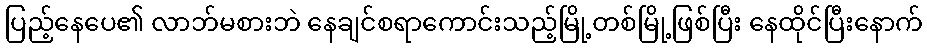
ပြည့်နေပေ၏ လာဘ်မစားဘဲ နေချင်စရာကောင်းသည့်မြို့တစ်မြို့ဖြစ်ပြီး နေထိုင်ပြီးနောက်